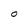
Character: O